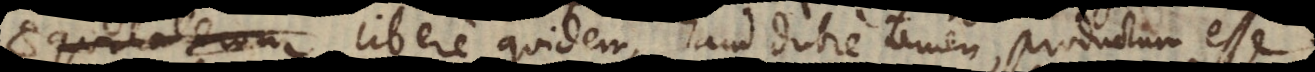
libere quidem, haud dubie tamen, prod